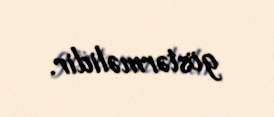
göstərməlidir.